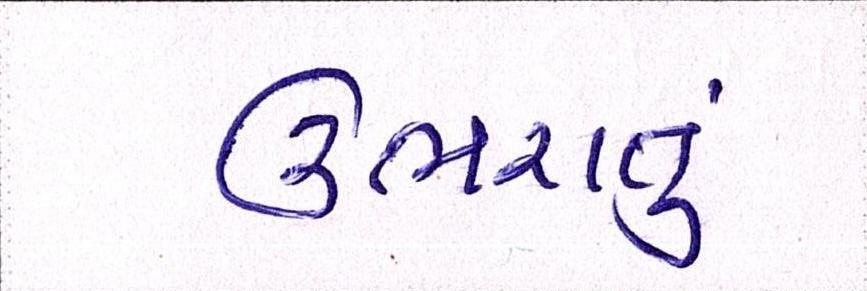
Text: ઉભરાતું